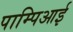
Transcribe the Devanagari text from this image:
पाम्पिआई